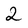
Character: 2